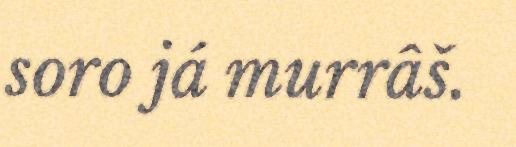
soro já murrâš.